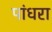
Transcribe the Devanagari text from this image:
पांधरा